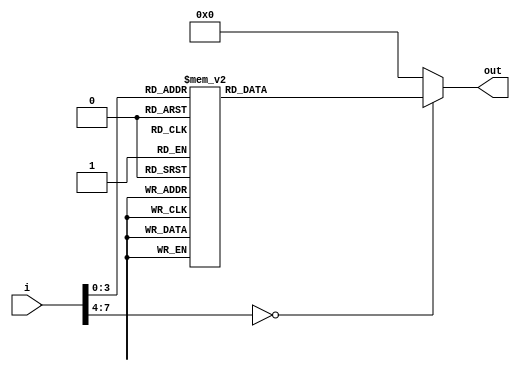
module rc(i,out);
	input [7:0] i;
	output reg [7:0] out;
	always @(*)
	begin
		case(i)
		4'd1:  out = 8'h01;
		4'd2:  out = 8'h02;
		4'd3:  out = 8'h04;
		4'd4:  out = 8'h08;
		4'd5:  out = 8'h10;
		4'd6:  out = 8'h20;
		4'd7:  out = 8'h40;
		4'd8:  out = 8'h80;
		4'd9:  out = 8'h80;
		4'd10: out = 8'h80;
		default: out = 8'h0;
		endcase
	end
endmodule

module rcon(i, out);
	input [7:0] i;
	output [31:0] out;
	
	wire [7:0] temp;
	
	rc r1(i,temp);
	
	assign out = {temp,24'b0};
	
endmodule